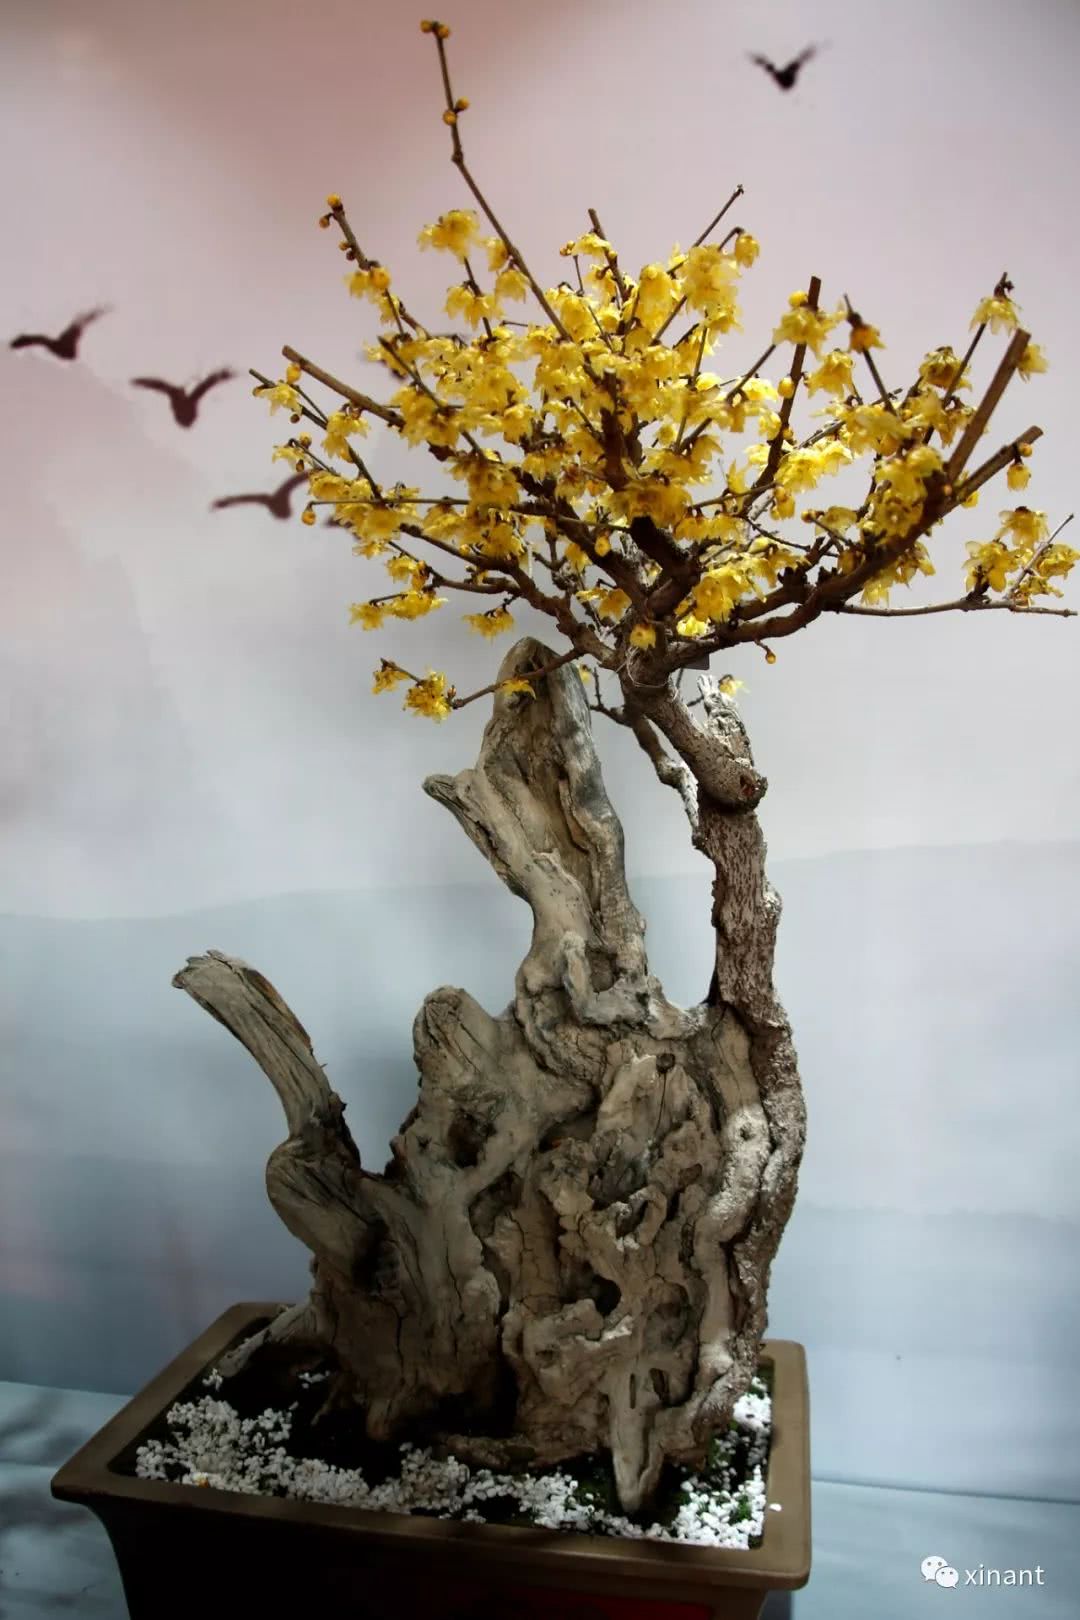
宫粉雕痕，仙云堕影，无人野水荒湾。